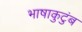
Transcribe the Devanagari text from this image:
भाषाकुटुंब